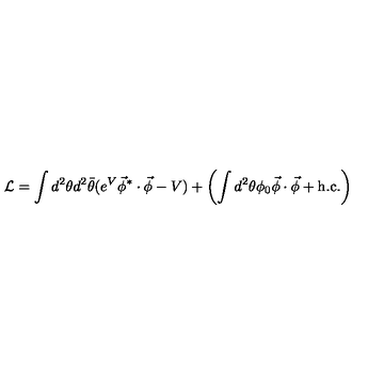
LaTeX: { \cal L } = \int d ^ { 2 } \theta d ^ { 2 } \bar { \theta } ( e ^ { V } \vec { \phi } ^ { * } \cdot \vec { \phi } - V ) + \left( \int d ^ { 2 } \theta \phi _ { 0 } \vec { \phi } \cdot \vec { \phi } + \mathrm { h . c . } \right)